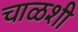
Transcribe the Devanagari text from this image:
चाळशी